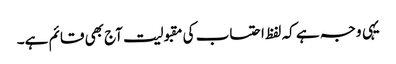
یہی وجہ ہے کہ لفظ احتساب کی مقبولیت آج بھی قائم ہے۔